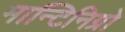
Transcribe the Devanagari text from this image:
मान्टिनिग्रो